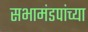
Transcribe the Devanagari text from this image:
सभामंडपांच्या